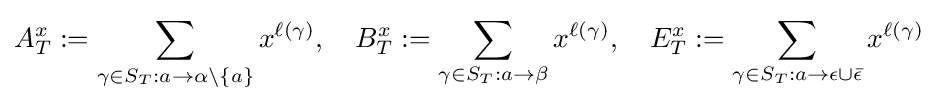
A_{T}^{x}:=\sum _{\gamma \in S_{T}:a\to \alpha \setminus \{a\}}x^{\ell (\gamma )},\quad B_{T}^{x}:=\sum _{\gamma \in S_{T}:a\to \beta }x^{\ell (\gamma )},\quad E_{T}^{x}:=\sum _{\gamma \in S_{T}:a\to \epsilon \cup {\bar {\epsilon }}}x^{\ell (\gamma )}